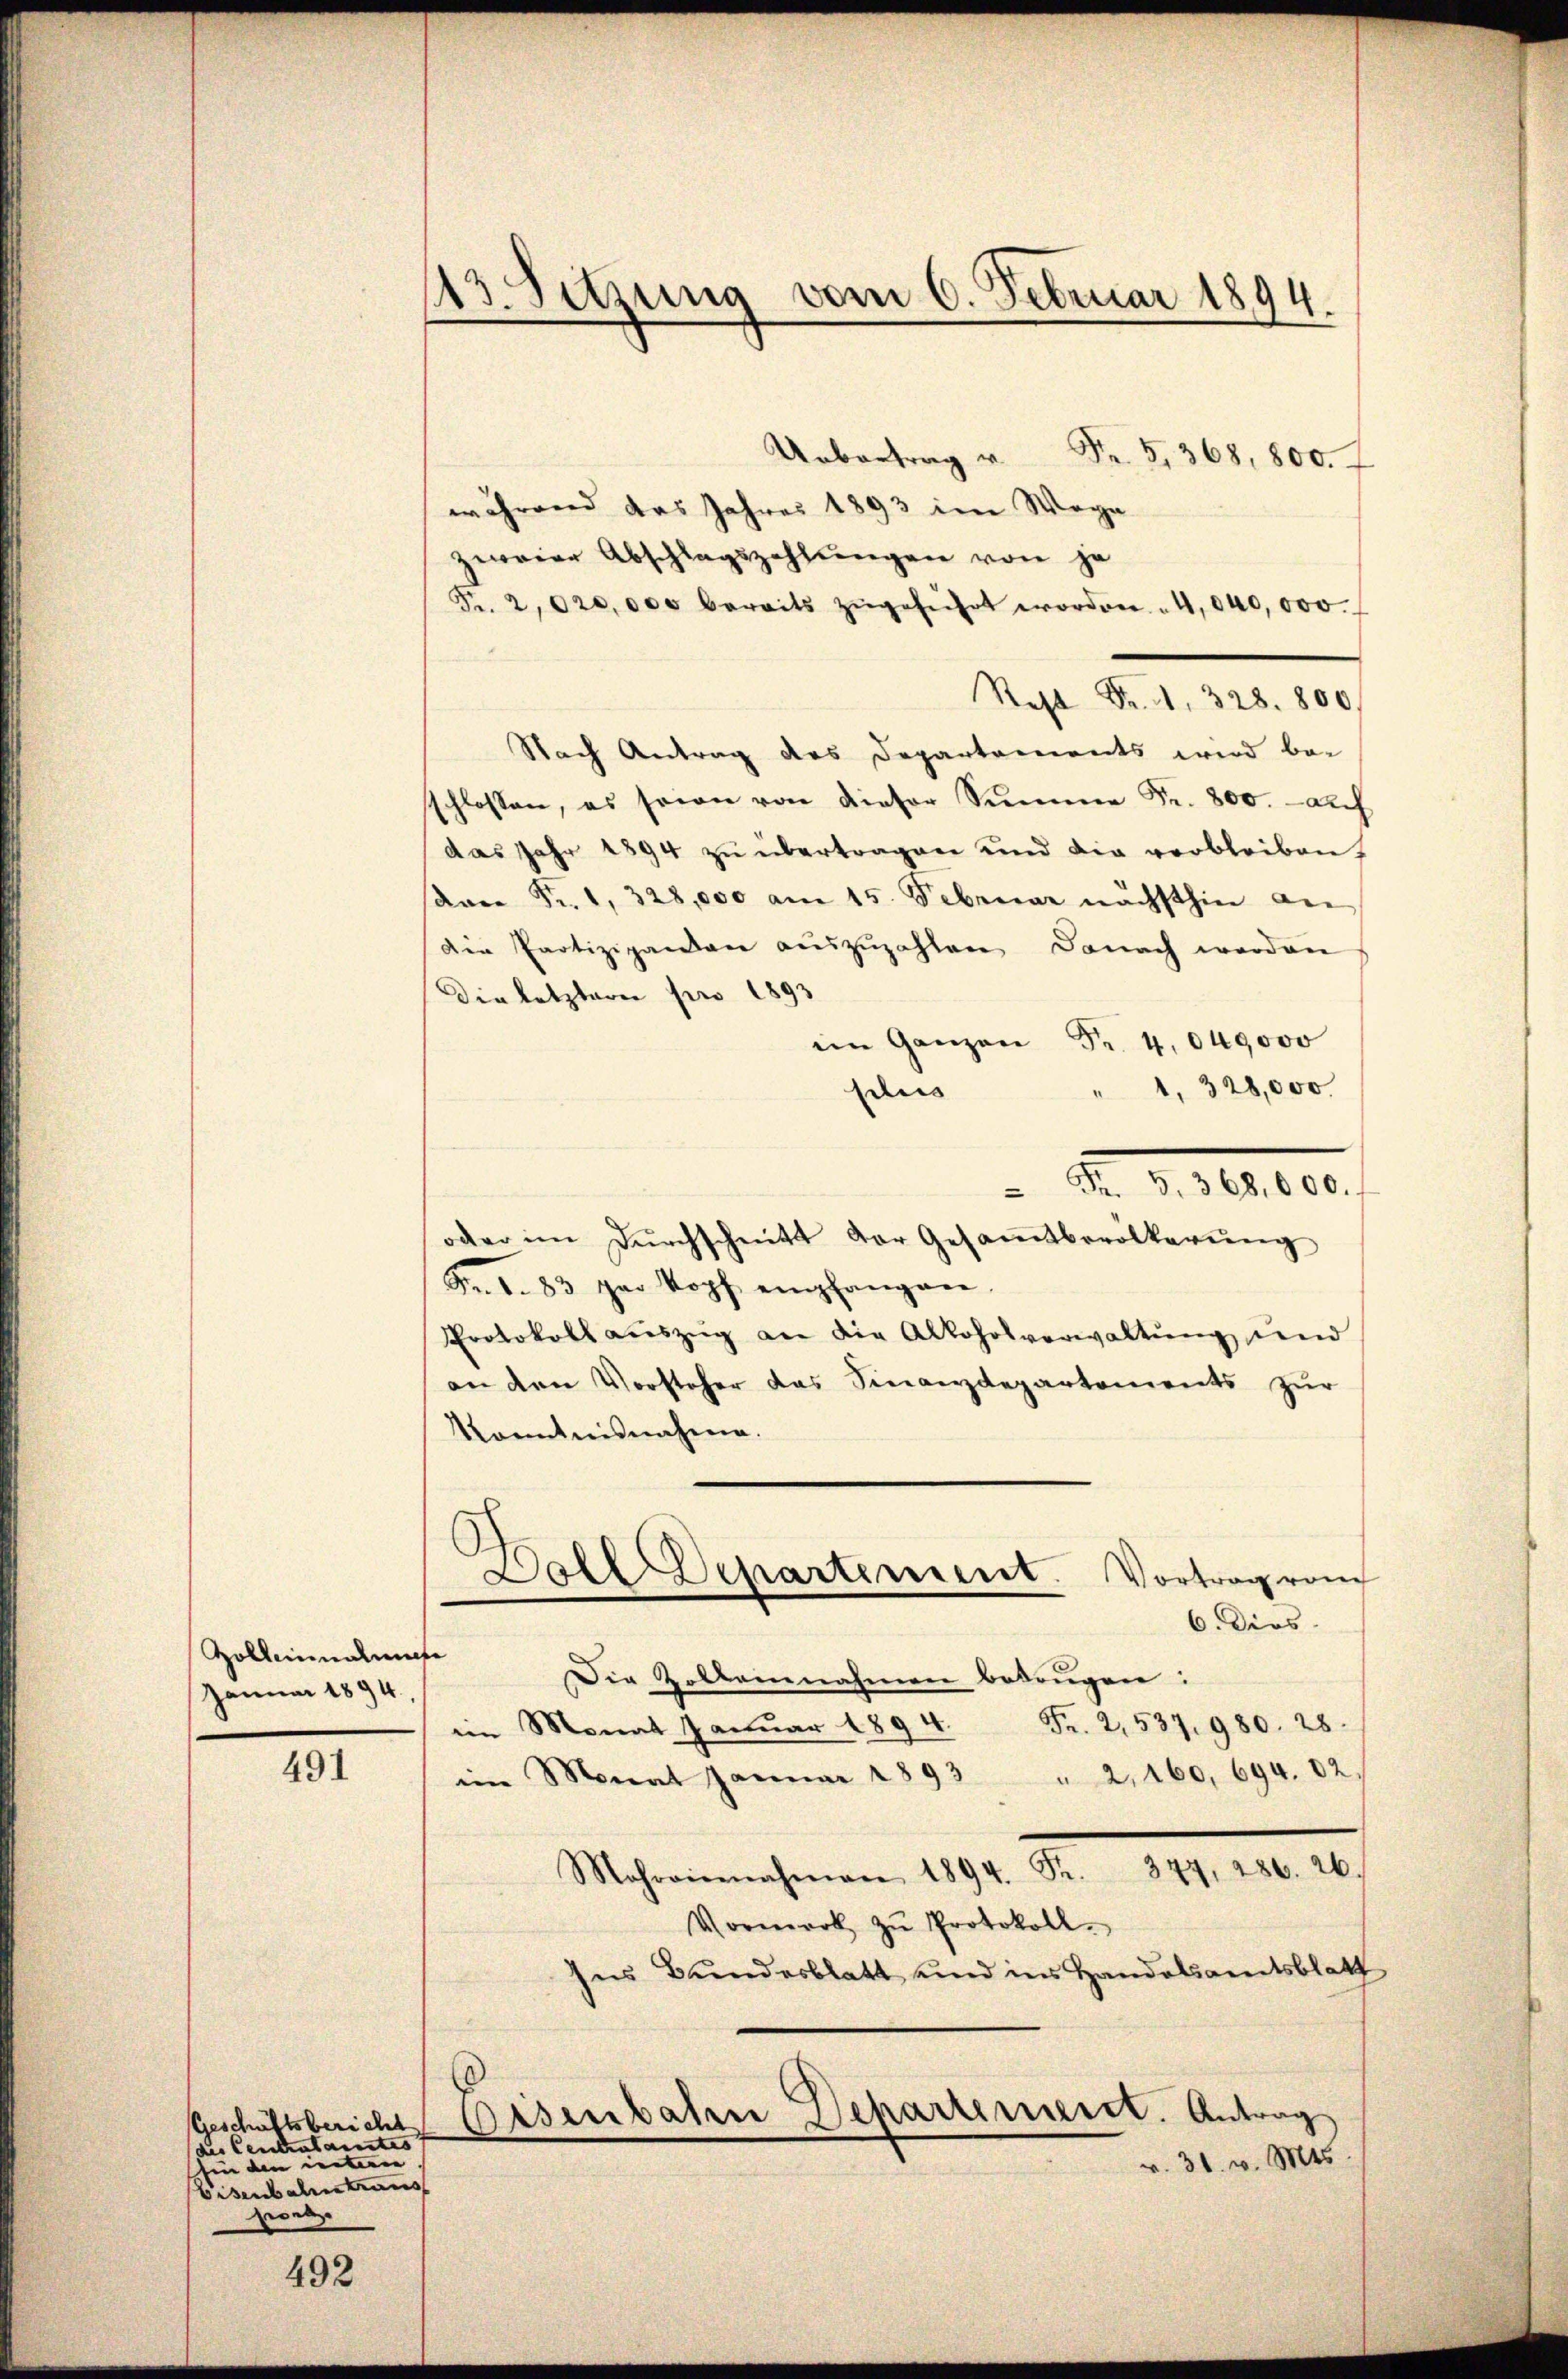
Zollenalunte
Januar 1894,

491

Geschäftsbericht
des Centralantes |
hin den unteren
Eisenbahn trans
poet

492

413. Sitzung vom 6. Februar 1894.

Uebertrag u Fr. 3,368,800.
während das Jahres 1893 im Wege
zweier Abschlagszahlungen von je
Fr. 2020,000 bereits zŭgeführt worden. " 4,040,000.
Rest Fr. 1. 328. 800
Nach Antrag des Departements wird be-
schlossen, es sein von dieser Summe Fr. 800. - auf
das Jahr 1894 zŭ übertragen und die verbleiben,
dan Fr. 1, 328,000 am 15. Februar nächsthin an
Die Partizipanen aŭszŭzahlen Danach werden
Die letztern pro 1893
im Ganzen Fr. 4,049000
1, 328,000
dus
oder im Dŭrchschnitt der Gesamtbevölkerŭng
Fr. S. 83 per kopf empfangen
Protokoll aŭszŭg an die Alkoholverwaltŭng und
an den Vorsteher das Finanzdepartements zŭr
Konntnisnahme.
g
Doll Departement. Vortrag von
6. Dies
Die Zollennahmen bekangen:
Fr. 2, 537. 980. 28.
im Monat Januar 1894.
im Monat Januar 1893 " 2, 160, 694. 02.
Mahroinnahmen 1894. Fr. 377, 286. 26.
Vormerk zŭ Protokoll.
Ins Bundesblatt und ins Handelsamtsblatt
Eisenbahn Departement. Antrag
v. 31. v. Mts

2 Fr. 5. 368,000.